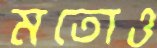
মতোও